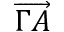
\overrightarrow { \Gamma A }